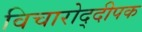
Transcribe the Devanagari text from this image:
विचारोद्दीपक